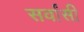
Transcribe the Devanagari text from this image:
सर्वांसी